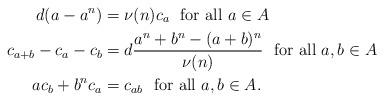
LaTeX: \begin{align*} d(a-a^n) &= \nu(n)c_a \mbox{\ \ for\ all\ } a\in A \\ c_{a+b}-c_a-c_b &= d\frac{a^n + b^n - (a+b)^n}{\nu(n)} \mbox{\ \ for\ all\ } a,b\in A \\ ac_b + b^nc_a &= c_{ab} \mbox{\ \ for\ all\ } a,b\in A .\end{align*}